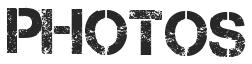
PHOTOS